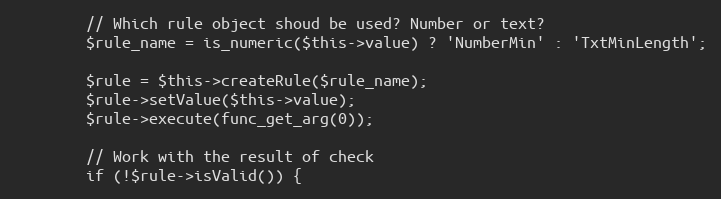
Language: PHP
        // Which rule object shoud be used? Number or text?
        $rule_name = is_numeric($this->value) ? 'NumberMin' : 'TxtMinLength';

        $rule = $this->createRule($rule_name);
        $rule->setValue($this->value);
        $rule->execute(func_get_arg(0));

        // Work with the result of check
        if (!$rule->isValid()) {